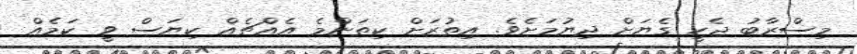
މިސްރާބު ޖެހީ ގެޔަށް ދިޔުމަށެވެ. އިތުރަށް ކިތަންމެ އެއްޗެއް ކިޔަސް ވީ ކަމެއް